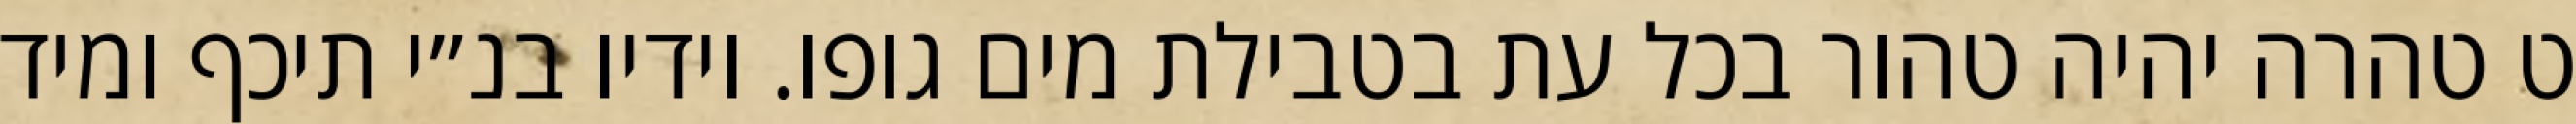
ט טהרה יהיה טהור בכל עת בטבילת מים גופו. וידיו בנ״י תיכף ומיד